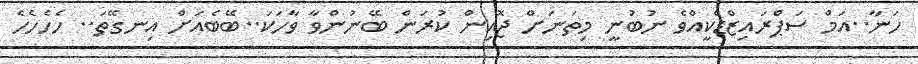
ހަނާ..އަމް ސަޕްރައިޒްޑްކީއްވެ ނުބުނީ މިތަނަށް ޖޮއިން ކުރަން ބޭނުންވާ ވާހަކަ..ބޭބެއަށް އިނގޭތަ.. ހެހެހެހެ